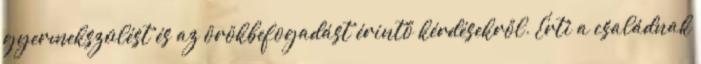
gyermekszülést és az örökbefogadást érintő kérdésekről. Érti a családnak